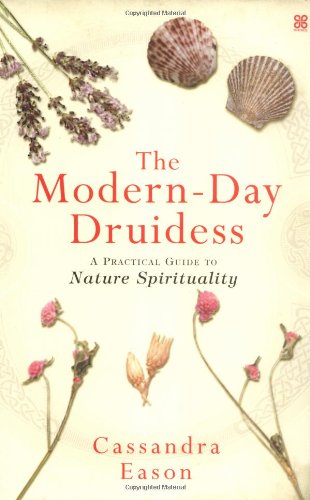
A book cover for The Modern-day Druidess: A Practical Guide to Nature Spirituality; Cassandra Eason; Religion & Spirituality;